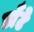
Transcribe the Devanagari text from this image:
डाँटे